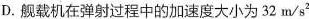
D.舰载机在弹射过程中的加速度大小为32m/s^{2}